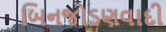
બિનજોડણવાદી